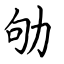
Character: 劬